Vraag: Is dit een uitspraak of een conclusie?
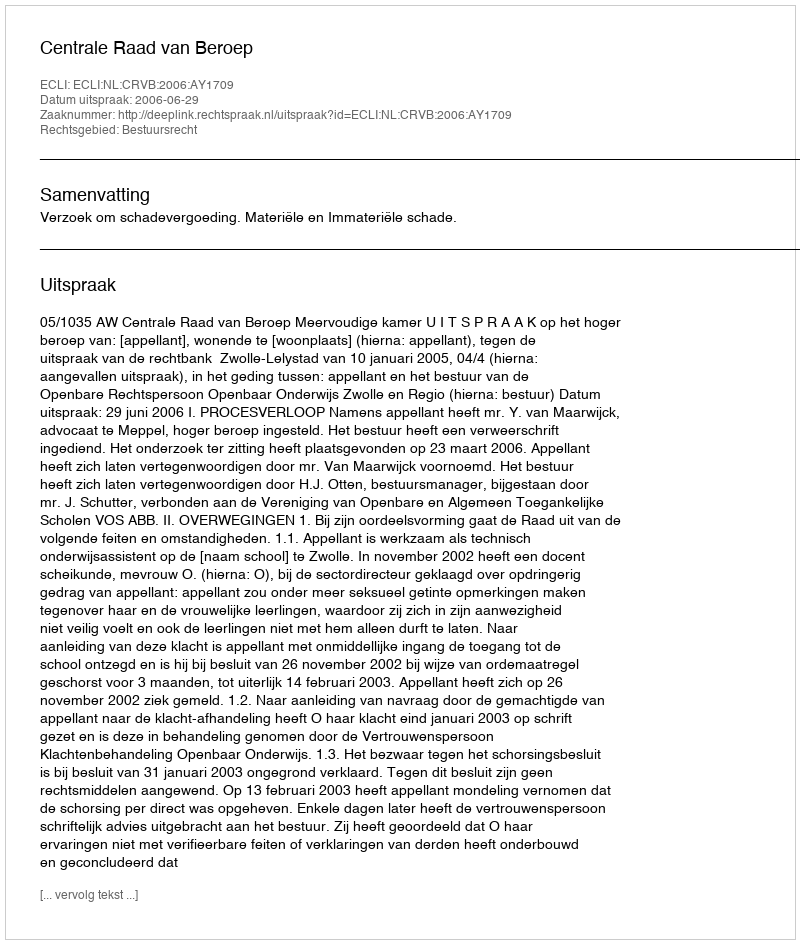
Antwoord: Uitspraak